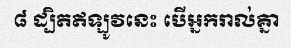
៨ ដ្បិតឥឡូវនេះ បើអ្នករាល់គ្នា